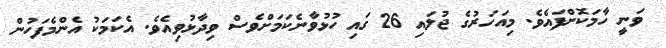
ވަނީ ހާމަކޮށްފައެވެ. މިއަހަރުގެ ޖުލައި 26 ގައި ހުޅުވާނެކަމަށްވެސް ވިދާޅުވިއެވެ. އެކަމަކު އެންމެފަހުން